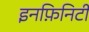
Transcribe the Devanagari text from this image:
इनफ़िनिटी